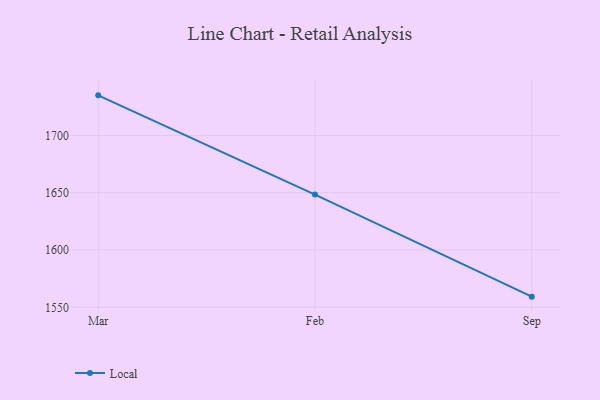
{"axis": {"x": "Month", "y": "Market Share (%)"}, "legend": ["Local"], "data": [{"x": "Mar", "y": 1735.0, "type": "Local"}, {"x": "Feb", "y": 1648.4, "type": "Local"}, {"x": "Sep", "y": 1559.3, "type": "Local"}]}